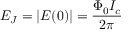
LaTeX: E _ { J } = | E ( 0 ) | = { \frac { \Phi _ { 0 } I _ { c } } { 2 \pi } }